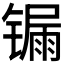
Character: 𨱐